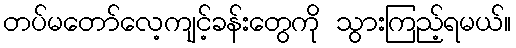
တပ်မတော်လေ့ကျင့်ခန်းတွေကို သွားကြည့်ရမယ်။